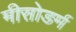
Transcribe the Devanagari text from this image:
मीसोडर्म